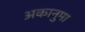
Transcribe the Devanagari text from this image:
अकानुमा